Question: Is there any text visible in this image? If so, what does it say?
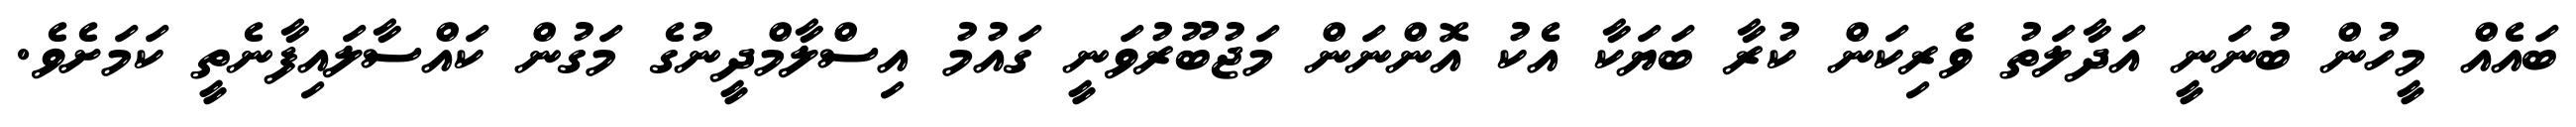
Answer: ބައެއް މީހުން ބުނަނީ އަދާލަތު ވެރިކަން ކުރާ ބަޔަކާ އެކު އޮންނަން މަޖުބޫރުވަނީ ގައުމު އިސްލާމްދީނުގެ މަގުން ކައްސާލައިފާނެތީ ކަމަށެވެ.